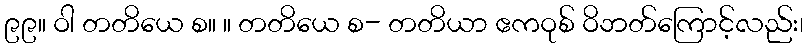
၉၉။ ဝါ တတိယေ စ။ ။ တတိယေ စ- တတိယာ ဧကဝုစ် ဝိဘတ်ကြောင့်လည်း၊